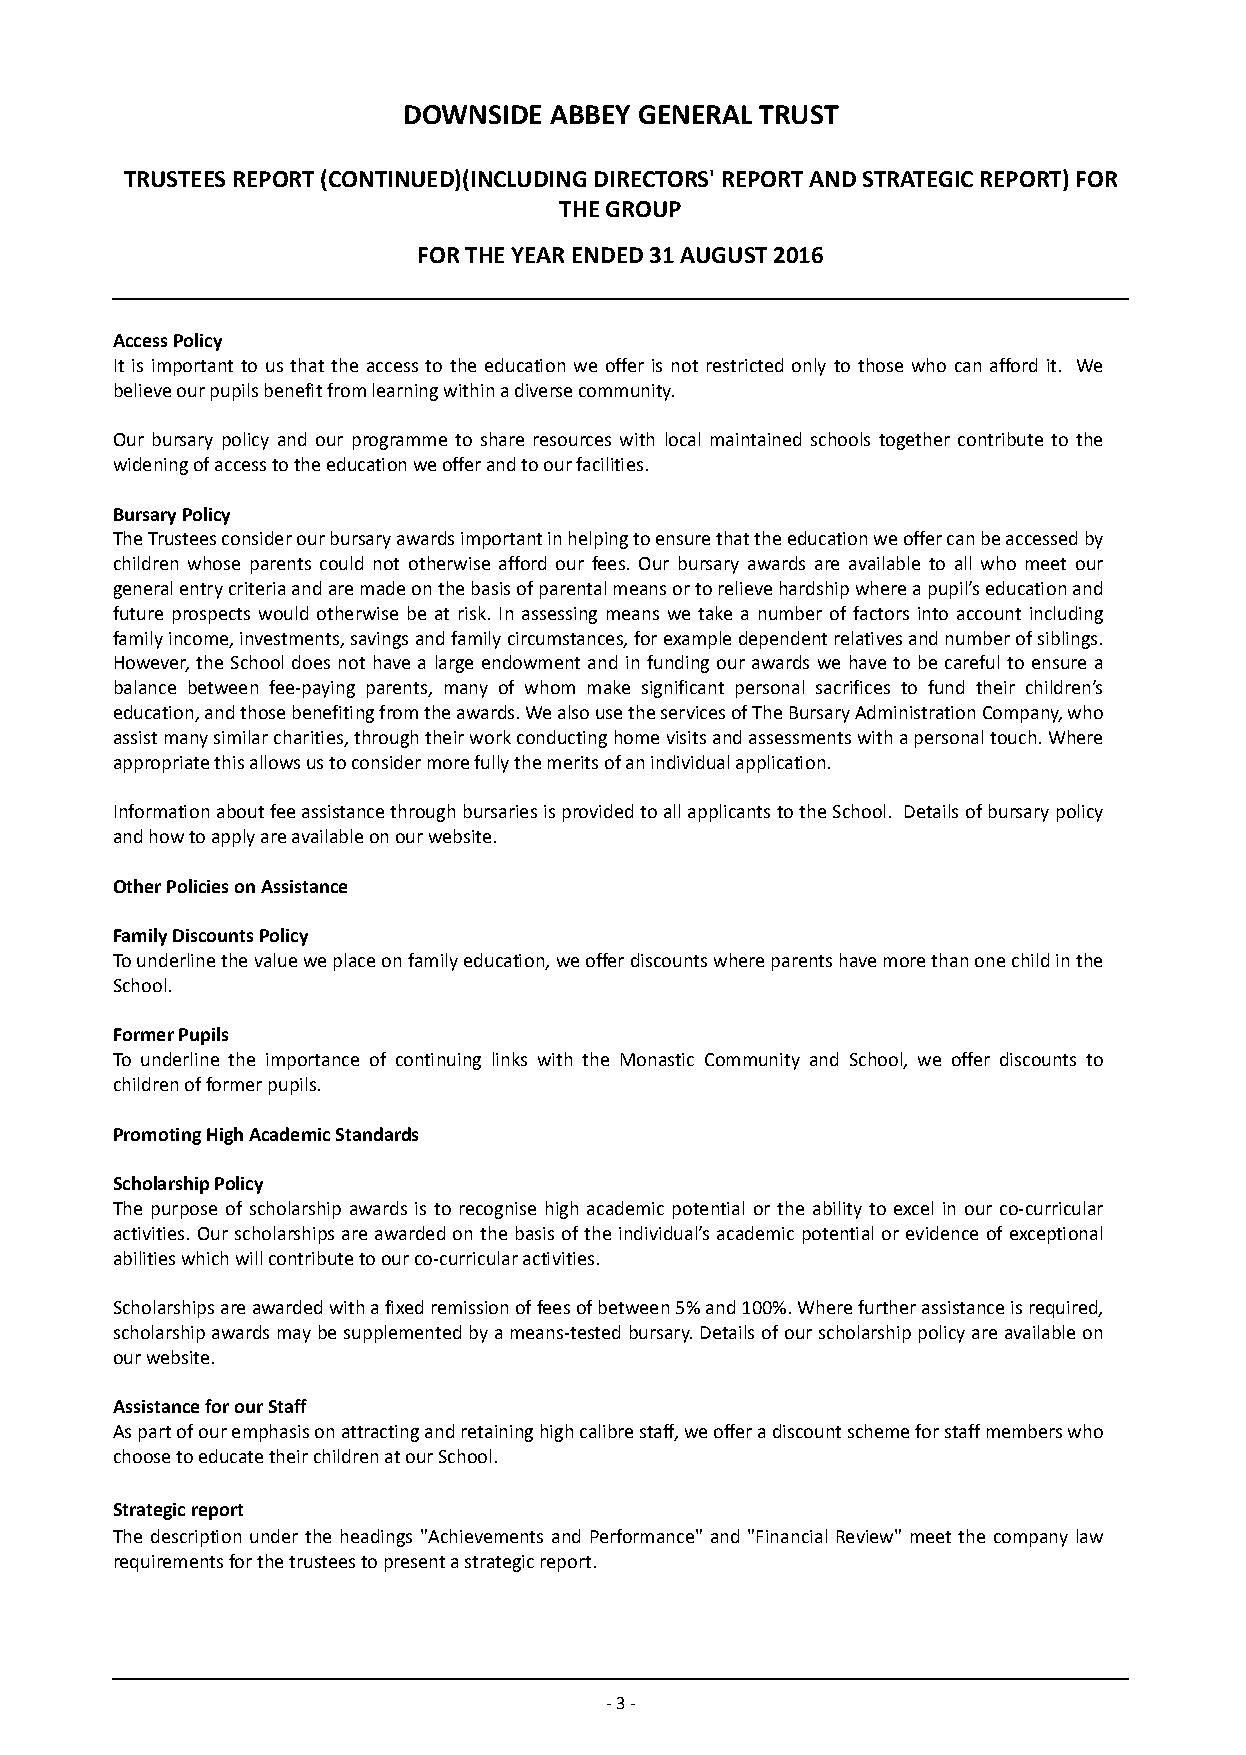
DOWNSIDE ABBEY GENERAL TRUST
 TRUSTEES REPORT (CONTINUED)(INCLUDING DIRECTORS' REPORT AND STRATEGIC REPORT) FOR
 THE GROUP
 FOR THE YEAR ENDED 31 AUGUST 2016
 Access Policy
 It is important to us that the access to the education we offer is not restricted only to those who can afford it. We
 believe our pupils benefit from learning within a diverse community.
 Our bursary policy and our programme to share resources with local maintained schools together contribute to the
 widening of access to the education we offer and to our facilities.
 Bursary Policy
 The Trustees consider our bursary awards important in helping to ensure that the education we offer can be accessed by
 children whose parents could not otherwise afford our fees. Our bursary awards are available to all who meet our
 general entry criteria and are made on the basis of parental means or to relieve hardship where a pupil’s education and
 future prospects would otherwise be at risk. In assessing means we take a number of factors into account including
 family income, investments, savings and family circumstances, for example dependent relatives and number of siblings.
 However, the School does not have a large endowment and in funding our awards we have to be careful to ensure a
 balance between fee-paying parents, many of whom make significant personal sacrifices to fund their children’s
 education, and those benefiting from the awards. We also u se the services of T he Bursary Administration Company, who
 assist many similar charities, through their work conducting home visits a nd a ssessments with a personal touch. Where
 appropriate this allows us to consider more fully the merits of an individual application.
 Information about fee assistance through bursaries is provided to all appli cants t o the School. Details of bursary policy
 and how to apply are available on our website.
 Other Policies on Assistance
 Family Discounts Policy
 To underline the value we place on family education, we offer discounts where parents have more than one child in the
 School.
 Former Pupils
 To underline the importance of continuing links with the Monastic Community and School, we offer discounts to
 children of former pupils.
 Promoting High Academic Standards
 Scholarship Policy
 The purpose of scholarship awards is to recognise high academic potential or the ability to excel in our co-curricular
 activities. Our scholarships are awarded on the basis of the individual’s academic potential or evidence of exceptional
 abilities which will contribute to our co-curricular activities.
 Scholarships are awarded with a fixed remission of fees of between 5% and 100%. Where further assistance is required,
 scholarship awards may be supplemented by a means-tested bursary. Details of our scholarship policy are available on
 our website.
 Assistance for our Staff
 As part of our emphasis on attracting and retaining high calibre staff, we offer a discount scheme for staff members who
 choose to educate their children at our School.
 Strategic report
 The description under the headings "Achievements and Performance" and "Financial Review" meet the company law
 requirements for the trustees to present a strategic report.
 - 3 -